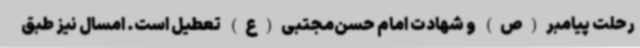
رحلت پیامبر(ص) و شهادت امام حسن‌مجتبی(ع) تعطیل است. امسال نیز طبق